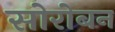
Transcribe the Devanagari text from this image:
सोरोबन